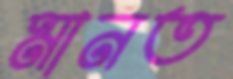
মানত